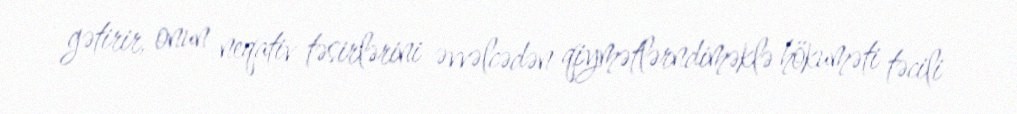
gətirir, onun neqativ təsirlərini əvvəlcədən qiymətlərndiməklə hökuməti təcili